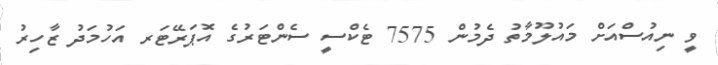
ވީ ނިއުސްއަށް މައުލޫމާތު ދެމުން 7575 ޓެކްސީ ސެންޓަރުގެ އޮޕަރޭޓަރ އަހުމަދު ޒާހިރު